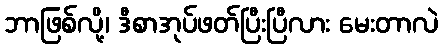
ဘာဖြစ်လို့၊ ဒီစာအုပ်ဖတ်ပြီးပြီလား မေးတာလဲ